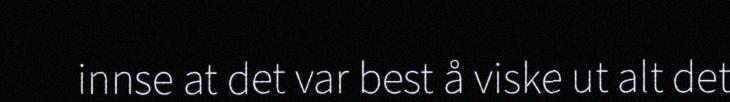
innse at det var best å viske ut alt det